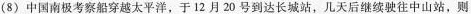
(8) 中国南极考察船穿越太平洋，于12月20号到达长城站，几天后继续驶往中山站，则